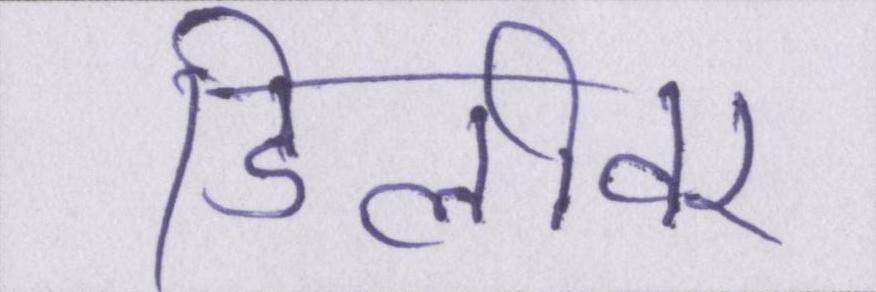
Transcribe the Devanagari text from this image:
डिलीवर